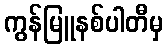
ကွန်မြူနစ်ပါတီမှ